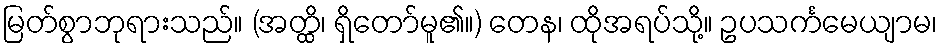
မြတ်စွာဘုရားသည်။ (အတ္ထိ၊ ရှိတော်မူ၏။) တေန၊ ထိုအရပ်သို့။ ဥပသင်္ကမေယျာမ၊